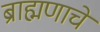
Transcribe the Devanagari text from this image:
ब्राह्मणाचें